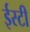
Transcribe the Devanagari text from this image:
ईस्टी